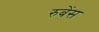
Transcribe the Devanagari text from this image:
रुबेंस